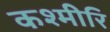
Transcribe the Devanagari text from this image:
कश्मीरि